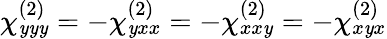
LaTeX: \chi_{\mathit{y}\mathit{y}\mathit{y}}^{(2)}=-\chi_{\mathit{y}xx}^{(2)}=-\chi_{xx\mathit{y}}^{(2)}=-\chi_{x\mathit{y}x}^{(2)}